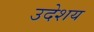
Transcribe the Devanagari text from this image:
उदेशय